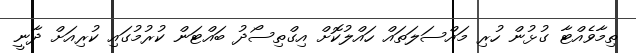
ތިމާވެއްޓާ ގުޅުން ހުރި މައްސަލަތައް ހައްލުކޮށް އިގްތިސޯދު ބައްޓަން ކުރުމުގައި ކުރިއަށް ދާނީ